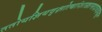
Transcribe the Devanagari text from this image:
ततोयज्ञियवृक्षोत्थांशाखामादायवाग्यतः